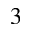
_ 3